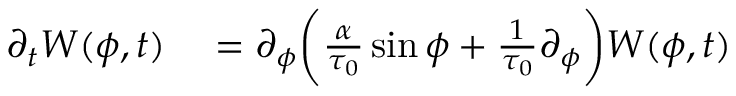
\begin{array} { r l } { \partial _ { t } W ( \phi , t ) } & { { } = \partial _ { \phi } \biggl ( \frac { \alpha } { \tau _ { 0 } } \sin \phi + \frac { 1 } { \tau _ { 0 } } \partial _ { \phi } \biggr ) W ( \phi , t ) } \end{array}